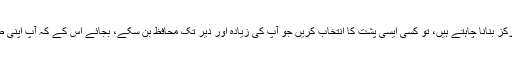
اگر آپ کسی کی مدد حاصل کرنا چاہتے ہیں، اور اسے اپنی طاقت کا مرکز بنانا چاہتے ہیں، تو کسی ایسی پشت کا انتخاب کریں جو آپ کی زیادہ اور دیر تک محافظ بن سکے، بجائے اس کے کہ آپ اپنی طاقت کو بہت سے کمزور مددگاروں پر تقسیم کرکے کمزور بنے رہیں۔